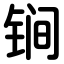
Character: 锏